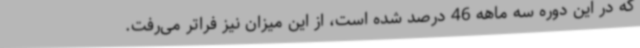
که در این دوره سه ماهه 46 درصد شده است، از این میزان نیز فراتر می‌رفت.